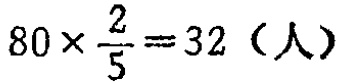
\(80\times \frac{2}{5}=32（人）\)